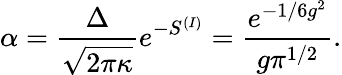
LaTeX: \alpha=\frac{\Delta}{\sqrt{2\pi\kappa}}e^{-S^{(I)}}=\frac{e^{-1/6g^{2}}}{g\pi^{1/2}}.